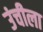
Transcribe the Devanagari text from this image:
उंचीला